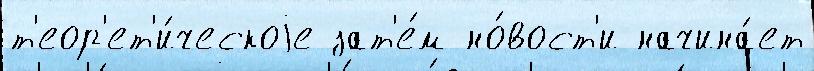
т'еор'ет'и́ческоjе зат'е́м но́вост'и начина́ет